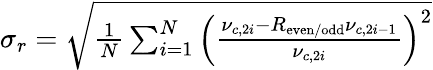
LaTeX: \begin{array}{r}{\sigma_{r}=\sqrt{\frac{1}{N}\sum_{i=1}^{N}\left(\frac{\nu_{c,2i}-R_{\mathrm{even/odd}}\nu_{c,2i-1}}{\nu_{c,2i}}\right)^{2}}}\end{array}